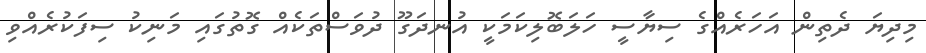
މިދިޔަ ދެތިން އަހަރެއްގެ ސިޔާސީ ހަލަބޮލިކަމަކީ އުނދަގޫ ދުވަސްތަކެއް ގޮތުގައި މަނިކު ސިފަކުރެއްވި